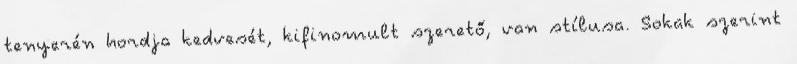
tenyerén hordja kedvesét, kifinomult szerető, van stílusa. Sokak szerint